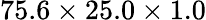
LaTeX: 75.6\times 25.0\times 1.0